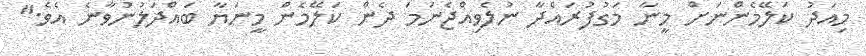
މިއަދު ކަލޭމެންނަށް މީނާ މަގުފުރައްދާ ނުލެވިއްޖެނަމަ ދެން ކަލޭމެން މީނަޔާ ބައްދަލުނުވާނެ އެވެ."